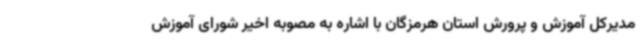
مدیرکل آموزش و پرورش استان هرمزگان با اشاره به مصوبه اخیر شورای آموزش